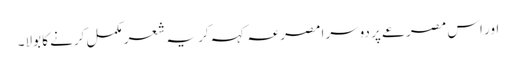
اور اس مصرعے پر دوسرا مصرعہ کہہ کر یہ شعر مکمل کرنے کا بولا۔